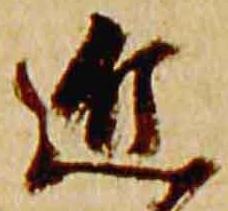
近